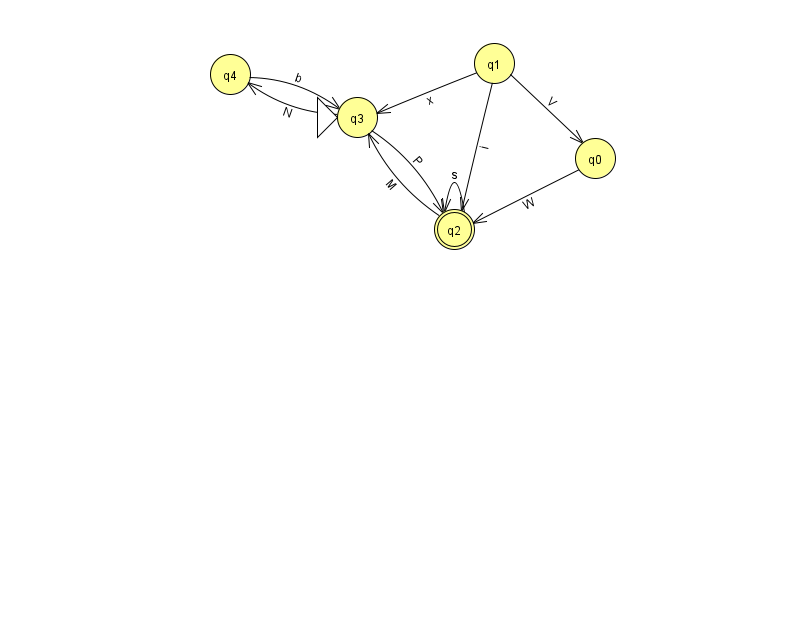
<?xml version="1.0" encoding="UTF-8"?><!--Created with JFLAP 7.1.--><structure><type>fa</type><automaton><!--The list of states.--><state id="0" name="q0"><x>595.0</x><y>145.0</y></state><state id="1" name="q1"><x>494.0</x><y>50.0</y></state><state id="2" name="q2"><x>454.0</x><y>216.0</y><final/></state><state id="3" name="q3"><x>357.0</x><y>104.0</y><initial/></state><state id="4" name="q4"><x>230.0</x><y>61.0</y></state><!--The list of transitions.--><transition><from>2</from><to>3</to><read>M</read></transition><transition><from>2</from><to>2</to><read>s</read></transition><transition><from>0</from><to>2</to><read>W</read></transition><transition><from>1</from><to>2</to><read>i</read></transition><transition><from>3</from><to>4</to><read>N</read></transition><transition><from>1</from><to>3</to><read>x</read></transition><transition><from>1</from><to>0</to><read>V</read></transition><transition><from>4</from><to>3</to><read>b</read></transition><transition><from>3</from><to>2</to><read>P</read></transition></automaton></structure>